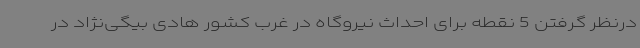
درنظر گرفتن 5 نقطه برای احداث نیروگاه در غرب کشور هادی بیگی‌نژاد در